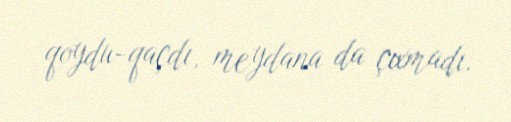
qoydu-qaçdı, meydana da çıxmadı.